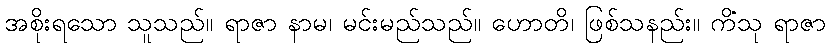
အစိုးရသော သူသည်။ ရာဇာ နာမ၊ မင်းမည်သည်။ ဟောတိ၊ ဖြစ်သနည်း။ ကိံသု ရာဇာ